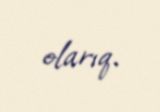
olarıq.